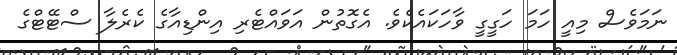
ނަމަވެސް މިއީ ހަމަ ހަގީގީ ވާހަކައެކެވެ. އެގޮތުން އަވައްޓެރި އިންޑިއާގެ ކެރެލާ ސްޓޭޓްގެ